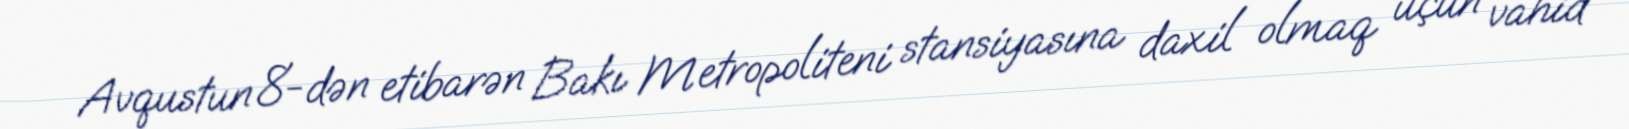
Avqustun 8-dən etibarən Bakı Metropoliteni stansiyasına daxil olmaq üçün vahid